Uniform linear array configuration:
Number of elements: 64
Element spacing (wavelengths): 1
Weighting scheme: hann
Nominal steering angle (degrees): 60
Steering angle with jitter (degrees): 59.615
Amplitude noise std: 0.05
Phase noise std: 0.05

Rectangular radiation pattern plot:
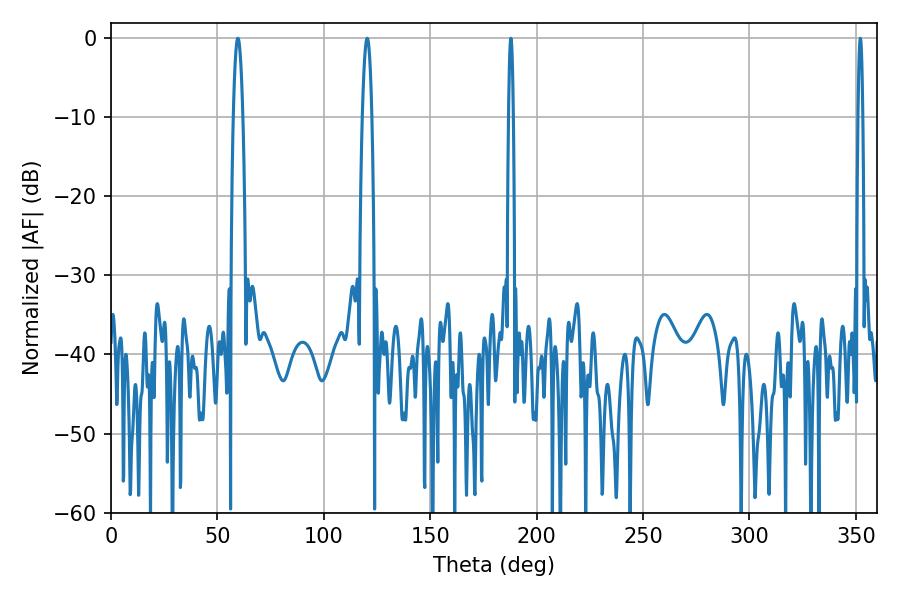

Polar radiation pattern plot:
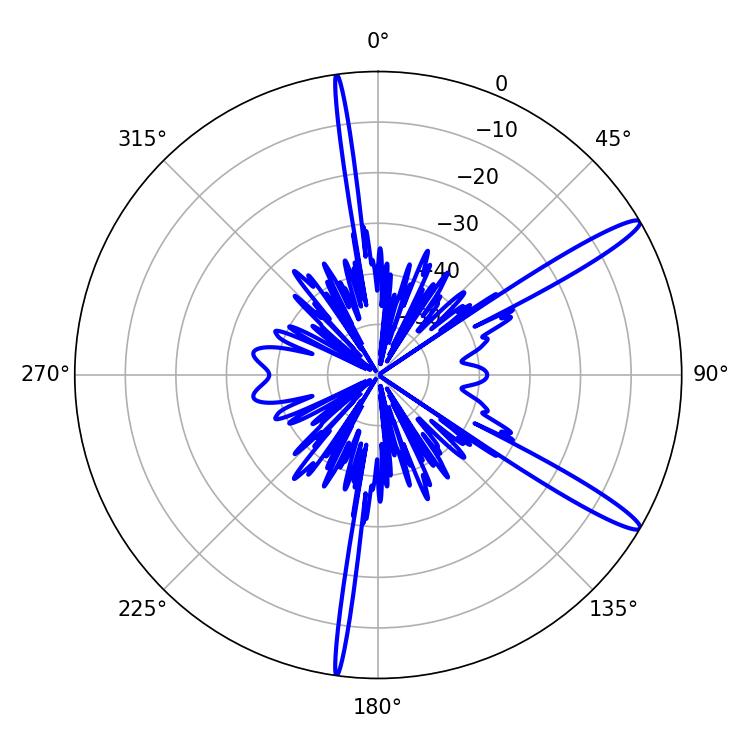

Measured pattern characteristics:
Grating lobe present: TRUE
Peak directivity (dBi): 14.269
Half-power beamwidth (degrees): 2.34
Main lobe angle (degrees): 59.58